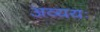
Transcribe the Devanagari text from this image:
अव्ययः